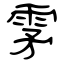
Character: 雺